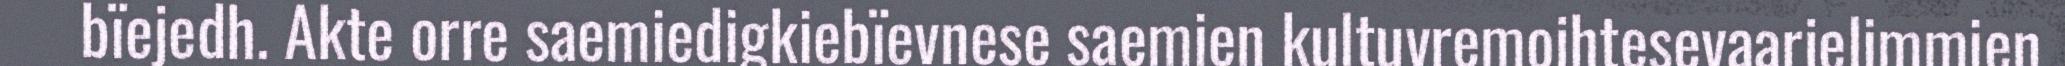
bïejedh. Akte orre saemiedigkiebïevnese saemien kultuvremojhtesevaarjelimmien